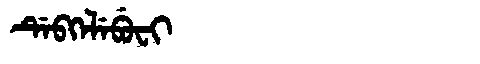
Manchu: ᡩᡝᠪᡴᡝᠯᡝᠪᡠᠸᡳ
Romanization: DEBKELEBUFI